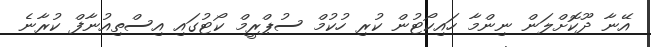
އޭނާ ދޫކޮށްލަން ނިންމާ ހައިކޯޓުން ކުރި ހުކުމް ސުޕްރީމް ކޯޓުގައި އިސްތިއުނާފް ކުރާނެ